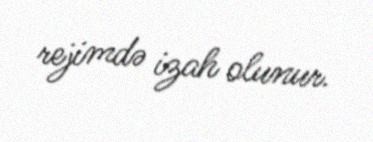
rejimdə izah olunur.